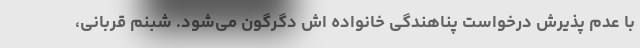
با عدم پذیرش درخواست پناهندگی خانواده اش دگرگون می‌شود. شبنم قربانی،